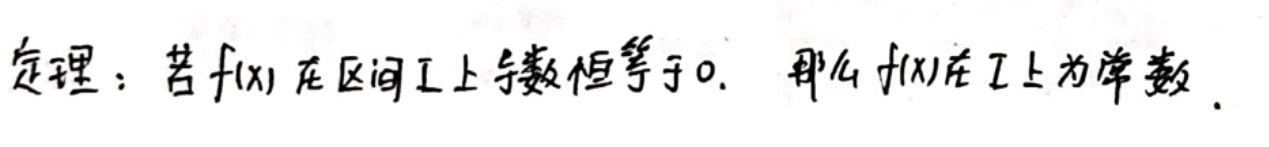
定理：若$f(x)$在区间$I$上导数恒等于$0$，那么$f(x)$在$I$上为常数.